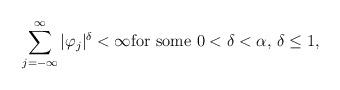
LaTeX: \begin{align*} \sum_{j=-\infty}^{\infty}|\varphi_{j}|^{\delta} < \infty \textrm{for some} \ 0 < \delta < \alpha,\,\delta \leq 1, \end{align*}